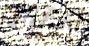
شقتى